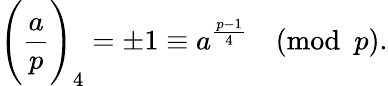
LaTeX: {\Bigg(}{\frac{a}{p}}{\Bigg)}_{4}=\pm 1\equiv a^{\frac{p-1}{4}}{\pmod{p}}.